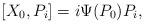
LaTeX: \begin{align*} [ X_0, P_i] = i \Psi(P_0) P_i,\end{align*}